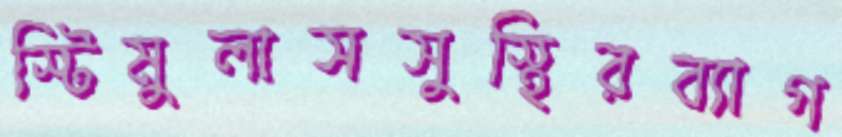
স্টিমুলাসসুস্থিরব্যাগ